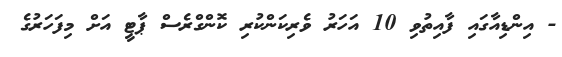
- އިންޑިއާގައި ފާއިތުވި 10 އަހަރު ވެރިކަންކުރި ކޮންގްރެސް ޕާޓީ އަށް މިފަހަރުގެ